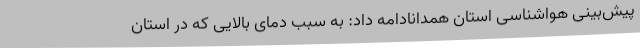
پیش‌بینی هواشناسی استان همدانادامه داد: به سبب دمای بالایی که در استان